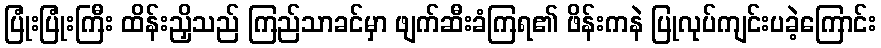
ပြုံးပြုံးကြီး ထိန်းညှိသည် ကြည်သာခင်မှာ ဖျက်ဆီးခံကြရ၏ ဖိန်းကနဲ ပြုလုပ်ကျင်းပခဲ့ကြောင်း